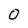
Character: O